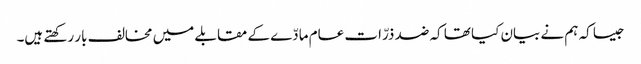
جیسا کہ ہم نے بیان کیا تھا کہ ضد ذرّات عام مادّے کے مقابلے میں مخالف بار رکھتے ہیں۔